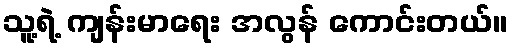
သူ့ရဲ့ ကျန်းမာရေး အလွန် ကောင်းတယ်။